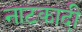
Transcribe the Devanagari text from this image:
नाटकादी